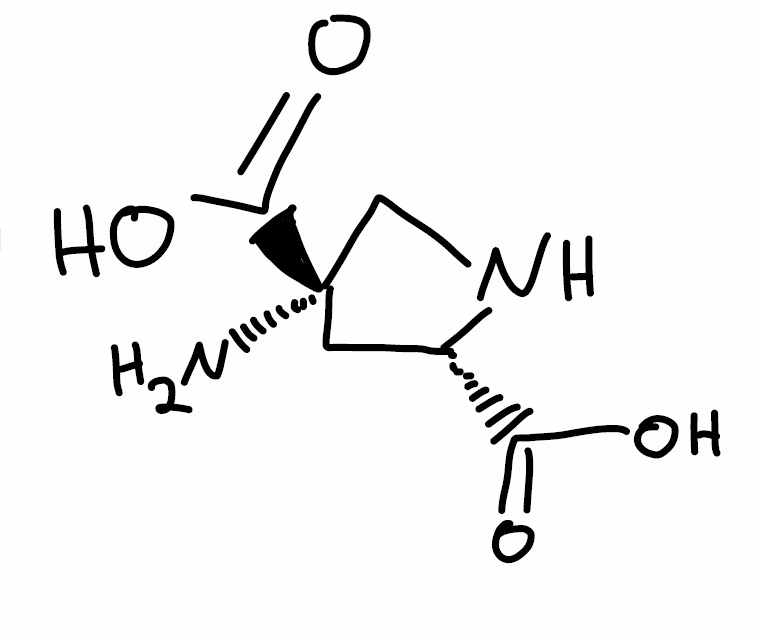
Simplified molecular-input line-entry system (SMILES) notation of the given molecule:
C1[C@H](NC[C@@]1(C(=O)O)N)C(=O)O